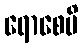
ရောစေမိ